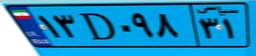
۱۳D۰۹۸۳۱